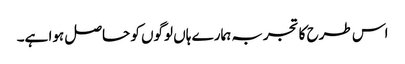
اس طرح کا تجربہ ہمارے ہاں لوگوں کو حاصل ہوا ہے۔